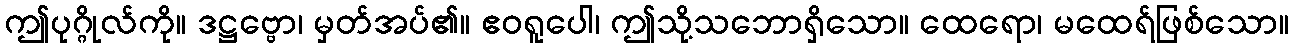
ဤပုဂ္ဂိုလ်ကို။ ဒဋ္ဌဗ္ဗော၊ မှတ်အပ်၏။ ဧဝရူပေါ၊ ဤသို့သဘောရှိသော။ ထေရော၊ မထေရ်ဖြစ်သော။